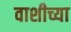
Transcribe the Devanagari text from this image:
वाशीच्या